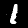
Digit: 1